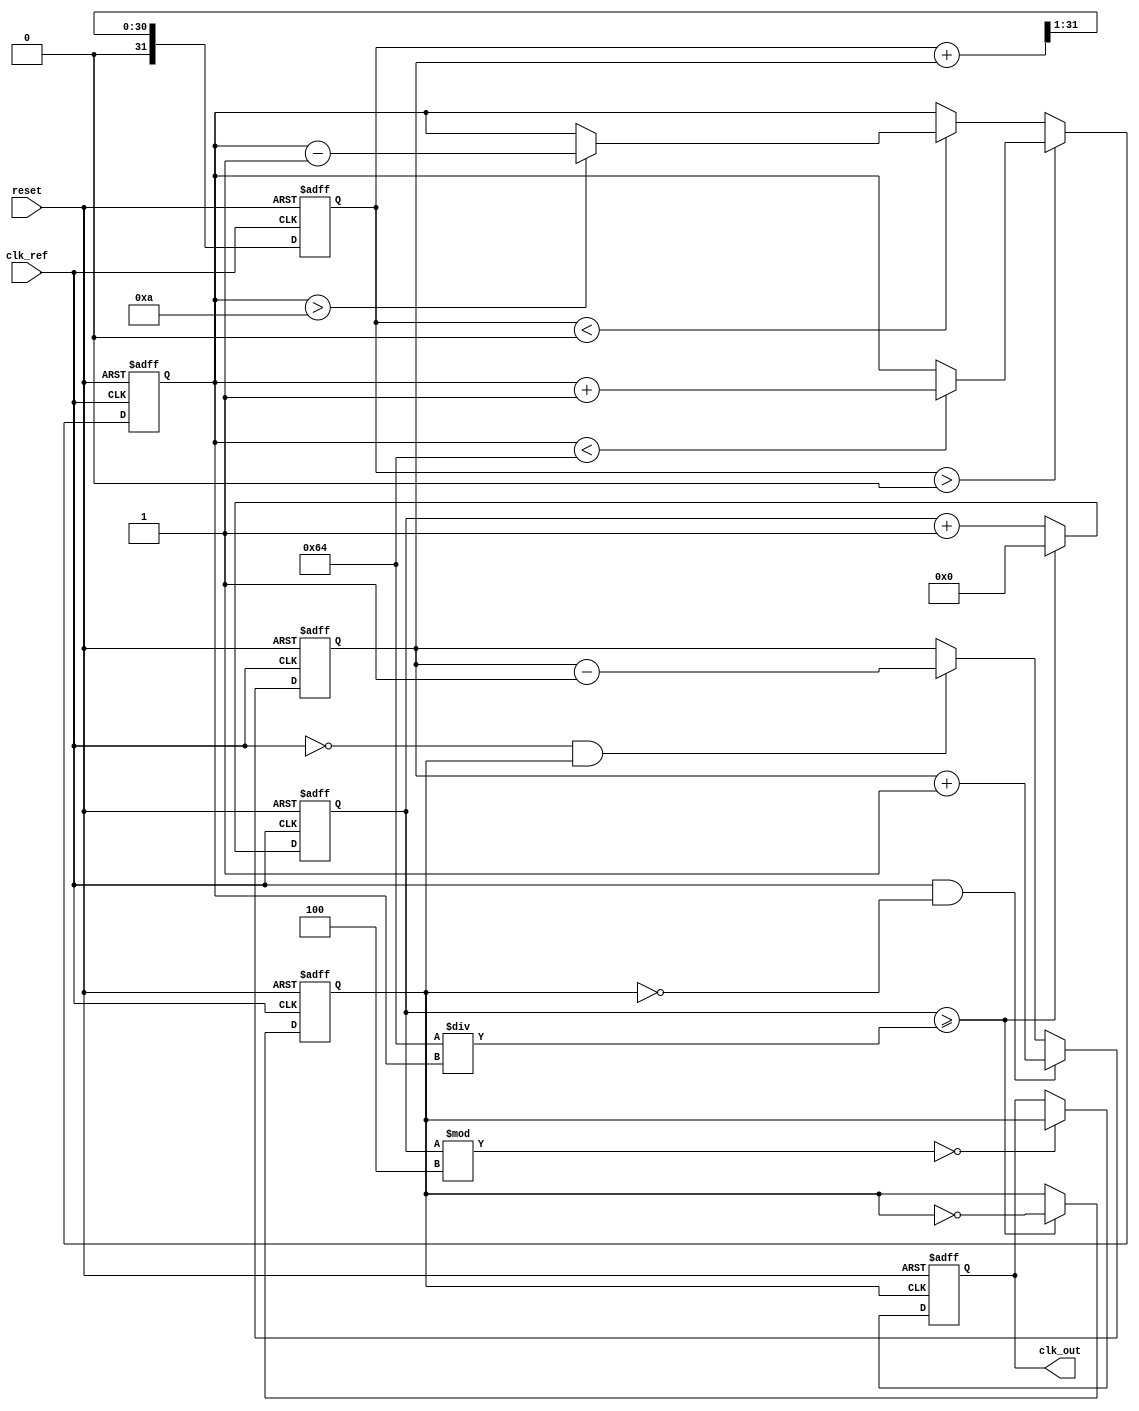
module type1_pll (
    input wire clk_ref,       // Reference clock input
    input wire reset,         // Reset signal
    output reg clk_out        // Output clock
);

// Parameters for the VCO
parameter VCO_MAX_FREQ = 100; // Maximum frequency of the VCO
parameter VCO_MIN_FREQ = 10;   // Minimum frequency of the VCO
parameter DIV_RATIO = 4;       // Feedback divider ratio

// Internal signals
reg [31:0] phase_error;         // Phase error from PD
reg [31:0] control_voltage;      // Control voltage from LPF
reg [31:0] vco_freq;            // Current frequency of the VCO
reg clk_vco;                    // VCO output clock
reg [31:0] count;               // Count for VCO frequency generation

// Phase Detector (PD)
always @(posedge clk_ref or posedge reset) begin
    if (reset) begin
        phase_error <= 0;
    end else begin
        // Simple phase detector logic
        if (clk_ref && !clk_vco) begin
            phase_error <= phase_error + 1; // Increment error if reference clock is high
        end else if (!clk_ref && clk_vco) begin
            phase_error <= phase_error - 1; // Decrement error if VCO clock is high
        end
    end
end

// Low Pass Filter (LPF)
always @(posedge clk_ref or posedge reset) begin
    if (reset) begin
        control_voltage <= 0;
    end else begin
        // Simple LPF implementation (first-order)
        control_voltage <= (control_voltage + phase_error) >> 1; // Smoothing the error signal
    end
end

// Voltage-Controlled Oscillator (VCO)
always @(posedge clk_ref or posedge reset) begin
    if (reset) begin
        vco_freq <= VCO_MIN_FREQ; // Start at minimum frequency
        count <= 0;
        clk_vco <= 0;
    end else begin
        // Adjust VCO frequency based on control voltage
        if (control_voltage > 0) begin
            if (vco_freq < VCO_MAX_FREQ) begin
                vco_freq <= vco_freq + 1; // Increase frequency
            end
        end else if (control_voltage < 0) begin
            if (vco_freq > VCO_MIN_FREQ) begin
                vco_freq <= vco_freq - 1; // Decrease frequency
            end
        end
        
        // Generate VCO clock output based on adjusted frequency
        count <= count + 1;
        if (count >= (100 / vco_freq)) begin // Example scaling factor
            clk_vco <= ~clk_vco; // Toggle VCO clock
            count <= 0;
        end
    end
end

// Feedback Divider
always @(posedge clk_vco or posedge reset) begin
    if (reset) begin
        clk_out <= 0;
    end else begin
        // Divide VCO output by DIV_RATIO to create feedback
        if (count % DIV_RATIO == 0) begin
            clk_out <= clk_vco; // Output the divided clock
        end
    end
end

endmodule